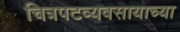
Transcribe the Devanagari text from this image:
चित्रपटव्यवसायाच्या